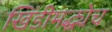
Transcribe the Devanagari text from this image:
खिंडीमद्ध्येच